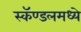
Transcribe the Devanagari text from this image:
स्कॅण्डलमध्ये